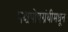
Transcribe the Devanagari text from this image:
पश्चपोषग्रंथीमधून